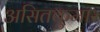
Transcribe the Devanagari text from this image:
असितकुमार